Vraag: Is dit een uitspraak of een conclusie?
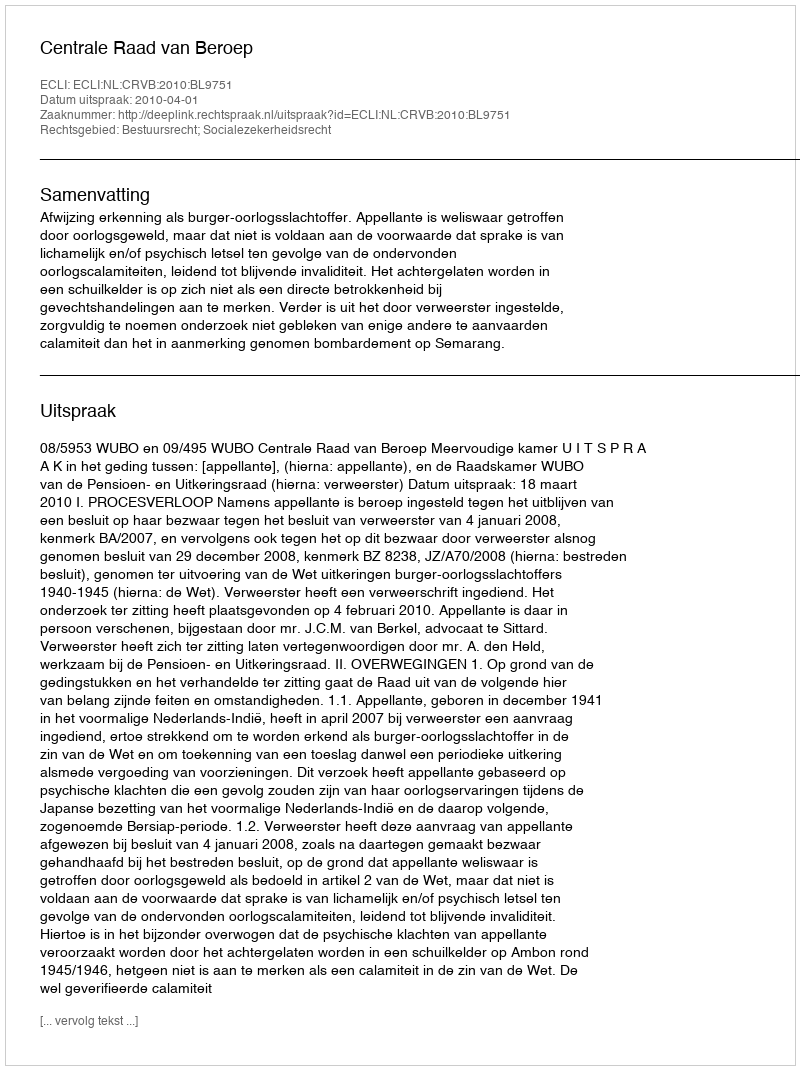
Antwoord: Uitspraak